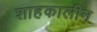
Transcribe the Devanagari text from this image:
शाहकालीन